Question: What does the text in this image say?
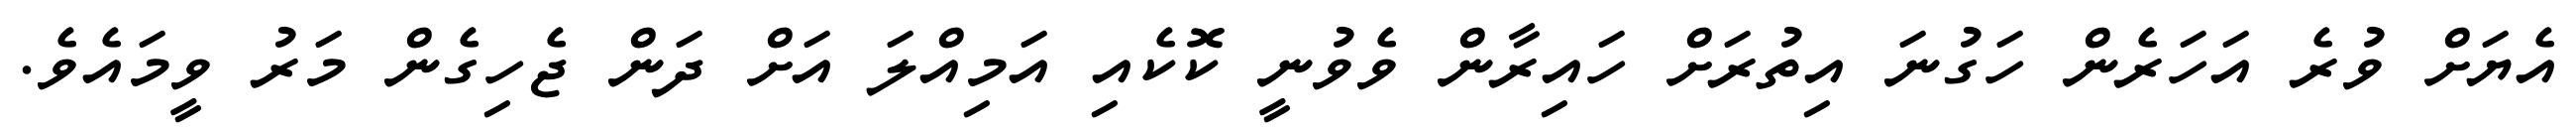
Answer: އެޔަށް ވުރެ އަހަރެން ހަގުނަ އިތުރަށް ހައިރާން ވެވުނީ ކޮކެއި އަމިއްލަ އަށް ދަން ޖެހިގެން މަރު ވީމައެވެ.